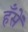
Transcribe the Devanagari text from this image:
हँसें